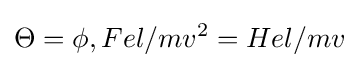
\Theta =\phi ,Fel/mv^{2}=Hel/mv